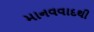
માનવવાદથી